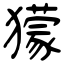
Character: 獴